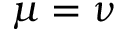
\mu = \nu